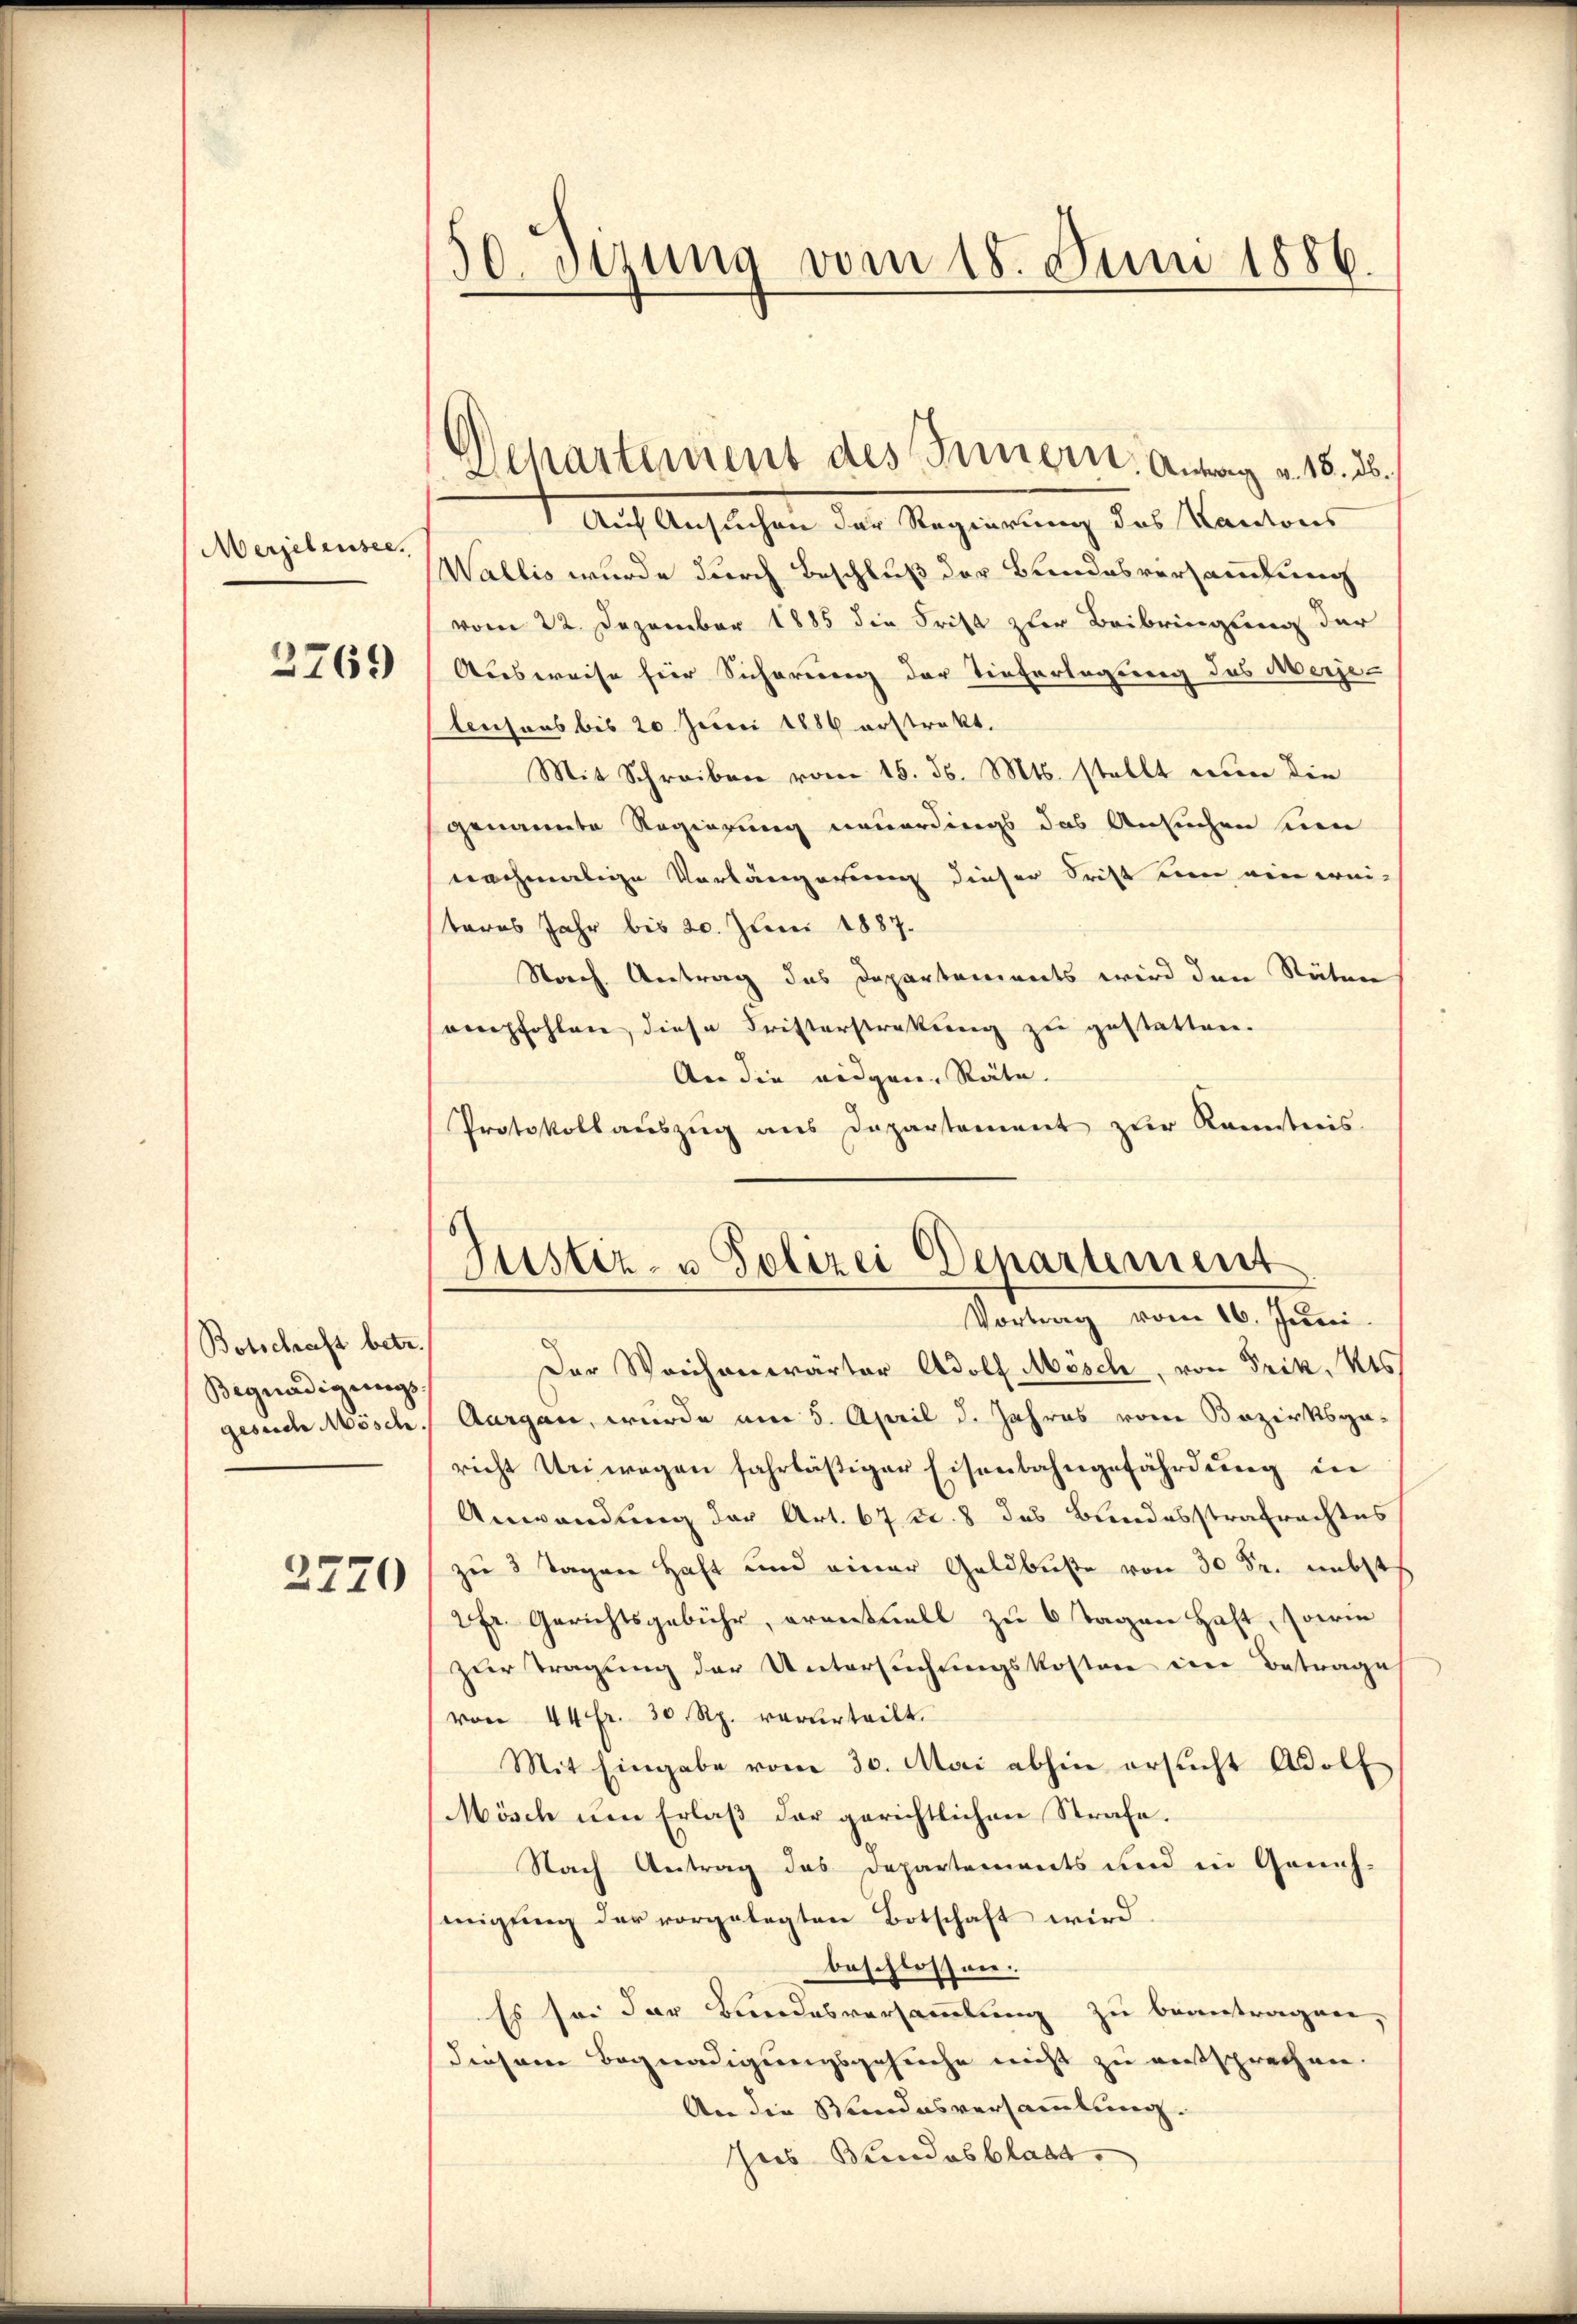
Merselensee.

2769

Botschaft betr.
Begnadigungs
gesuche Mösch.

2770

50. sezung vom 18. Juni 1886.

1. Auf Auslichen des Regierung des Kantons
Wallis wurde durch Beschluß der Bundesversammlung
vom 22. Dezember 1885 die Frist zur Beibringung der
Ausweise hier Sicherung der Tieferlegung des Merjelenhaus bis 20 Juni 1886 erstrakt.
Mit Schreiben vom 15. d. Mts. stellt nun die
genannte Regierung neuerdings das Ansuchen sien
nachmalige Verlängerung dieser Frist um ein wei-
steres Jahr bis 20. Juni 1887.
Noch Antrag des Departements wird den Stäten
empfohlen, diese Fristerstrakung zu gestatten.
An die eidgen. Räte.
Protokollauszug aus Departement zur Kannstreis.
Justiz- u Polizei Departement

Departement des Innern. Antrag v. 18. 25.

Vortrag vom 16. Juni.

Der Weichenwarter Adolf Mösch, von Frik, is
Aurgau, wurde am 5. April d. Jahres vom Bezirksga-
richt Uriwegen fahrläßiger Eisenbahngefährdung in
Anwendung der Art. 67 f. 8 das Bundesstrafrachtes
zu 3 Tagen Haft und einer Geldbuße von 30 Fr. nebst
2fr. Gerichtsgebühr, eventuell zu 6 Tagen Haft, sowie
zur Tragung der Untersuchungskosten ein Betrage
von 44 fr. 30 Rp. verurteilt.
Mit Eingabe vom 30. Mai abhin ersŭcht Adolf
Mösch um Erlaß der gerichtlichen Strafe.
Nach Antrag des Departements und in Geneh-
migŭng der vorgelegten Botschaft wird.
beschlossen:
Es so der Bundesversammlung zu beantragen,
diesem Begnadigungsgesuche nicht zu entsprechen.
An die Stundesversammlung.
Jus Bundesblatt.